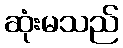
ဆုံးမသည်